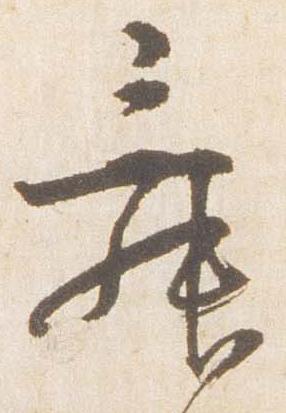
舞